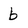
Character: b